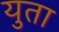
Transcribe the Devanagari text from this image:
युता